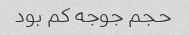
حجم جوجه کم بود